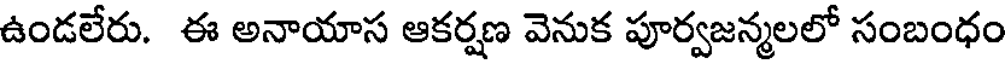
ఉండలేరు. ఈ అనాయాస ఆకర్షణ వెనుక పూర్వజన్మలలో సంబంధం